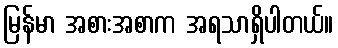
မြန်မာ အစားအစာက အရသာရှိပါတယ်။